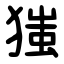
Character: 㺈